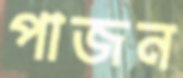
পাজন